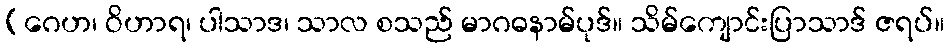
(ဂေဟ၊ ဝိဟာရ၊ ပါသာဒ၊ သာလ စသည် မာဂဓနာမ်ပုဒ်။ သိမ်ကျောင်းပြာသာဒ် ဇရပ်။